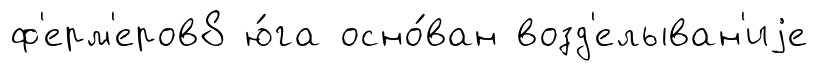
ф'ерм'еров8 ю́га осно́ван возд'елыван'иjе